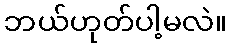
ဘယ်ဟုတ်ပါ့မလဲ။